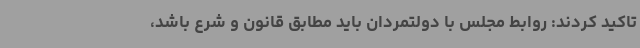
تاکید کردند: روابط مجلس با دولتمردان باید مطابق قانون و شرع باشد،